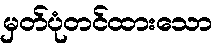
မှတ်ပုံတင်ထားသော